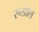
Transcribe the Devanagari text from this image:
रन्डाल